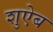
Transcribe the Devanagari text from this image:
शुऐब